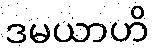
ဒမယာဟိ